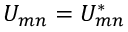
U _ { m n } = U _ { m n } ^ { * }